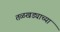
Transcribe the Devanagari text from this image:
तळखड्याच्या